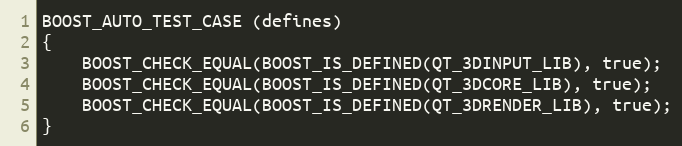
Language: C++
BOOST_AUTO_TEST_CASE (defines)
{
    BOOST_CHECK_EQUAL(BOOST_IS_DEFINED(QT_3DINPUT_LIB), true);
    BOOST_CHECK_EQUAL(BOOST_IS_DEFINED(QT_3DCORE_LIB), true);
    BOOST_CHECK_EQUAL(BOOST_IS_DEFINED(QT_3DRENDER_LIB), true);
}